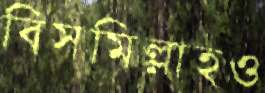
বিসমিল্লাহও